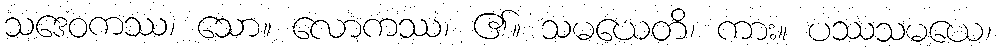
သဒေဝကဿ၊ သော။ လောကဿ၊ ၏။ သမယေတိ၊ ကား။ ပဿသမယေ၊